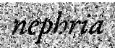
nephria